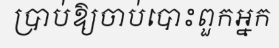
ប្រាប់ឱ្យចាប់បោះពួកអ្នក